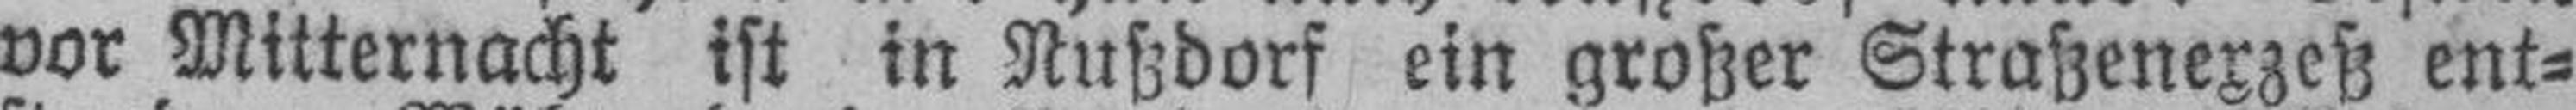
vor Mitternacht ist in Nußdorf ein großer Straßenexzeß ent¬